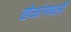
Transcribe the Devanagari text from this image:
खेळांमधली